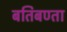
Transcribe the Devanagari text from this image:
बतिबण्ता